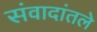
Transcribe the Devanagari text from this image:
संवादांतले